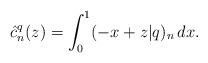
LaTeX: \begin{align*}\hat{c}_n^q(z)=\int_{0}^{1}(-x+z|q)_n \, dx.\end{align*}